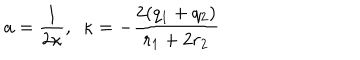
a = \frac { 1 } { 2 \kappa } , \ \ \kappa = - \frac { 2 ( q _ { 1 } + q _ { 2 } ) } { r _ { 1 } + 2 r _ { 2 } }